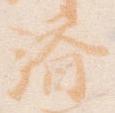
済